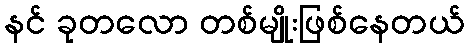
နင် ခုတလော တစ်မျိုးဖြစ်နေတယ်